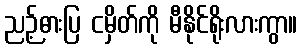
ညဉ့်ဓားပြ ငမှိတ်ကို မီနိုင်ရိုးလားကွာ။